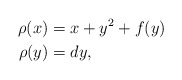
\begin{align*}\rho(x) &= x + y^2 + f(y) \\\rho(y) &= dy,\end{align*}